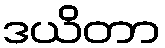
ဒယိတာ